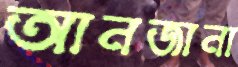
আনজানা